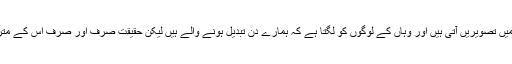
ٹی وی اور اخبار میں تصویریں آتی ہیں اور وہاں کے لوگوں کو لگتا ہے کہ ہمارے دن تبدیل ہونے والے ہیں لیکن حقیقت صرف اور صرف اس کے مترادف ہی ہوتی ہے۔